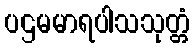
ပဌမမာရပါသသုတ္တံ